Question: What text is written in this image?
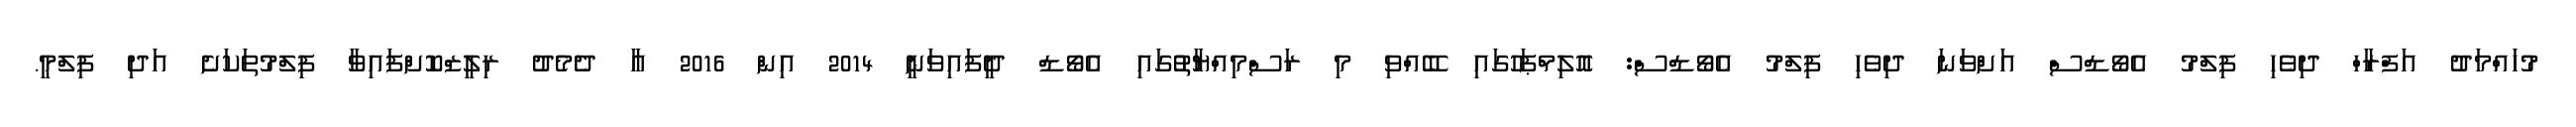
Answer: މުހައްމަދު އަފްރާހް ދިވެހި ފިލްމު އެވޯޑްސް އަށްވަނަ ދިވެހި ފިލްމު އެވޯޑްސް: އޮލިމްޕަހުގައި ބޭއްވި މި ރަސްމިއްޔާތުުގައި އެވޯޑް ދީފައިވަނީ 2014 އިން 2016 އާ ދެމެދު ރިލީޒްކޮށްފައިވާ ފިލްމުތަކަށެ އަދި ފިލްމީ.